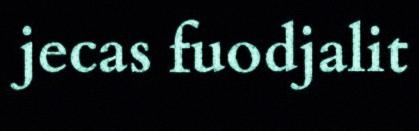
jecas fuodjalit